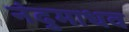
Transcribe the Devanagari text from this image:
नंदुमाधव